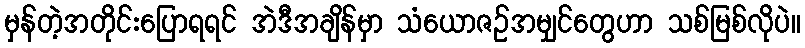
မှန်တဲ့အတိုင်းပြောရရင် အဲဒီအချိန်မှာ သံယောဇဉ်အမျှင်တွေဟာ သစ်မြစ်လိုပဲ။